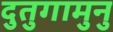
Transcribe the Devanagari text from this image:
दुतुगामुनु